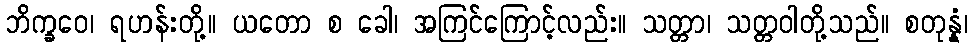
ဘိက္ခဝေ၊ ရဟန်းတို့။ ယတော စ ခေါ၊ အကြင်ကြောင့်လည်း။ သတ္တာ၊ သတ္တဝါတို့သည်။ စတုန္နံ၊